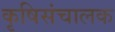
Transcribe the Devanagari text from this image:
कृषिसंचालक